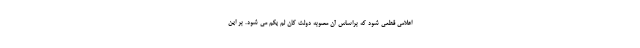
اعلامی قطعی شود که براساس آن مصوبه دولت کان لم یکم می شود. بر این